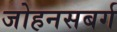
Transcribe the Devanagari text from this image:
जोहनसबर्ग